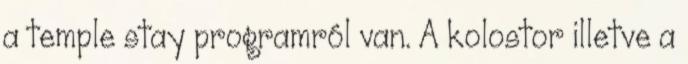
a temple stay programról van. A kolostor illetve a